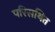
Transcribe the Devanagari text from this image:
परिसथित